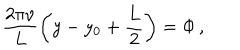
LaTeX: \frac { 2 \pi \nu } { L } \left( y - y _ { 0 } + \frac { L } { 2 } \right) = \Phi \, ,